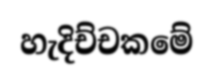
හැදිච්චකමේ